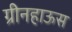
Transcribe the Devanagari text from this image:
ग्रीनहाऊस